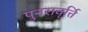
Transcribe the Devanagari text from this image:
पुनरावृर्त्ति